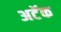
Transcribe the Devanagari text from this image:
अटॅक